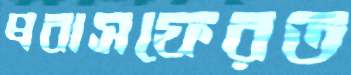
প্রবাসফেরত